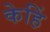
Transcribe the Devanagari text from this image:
केहिं